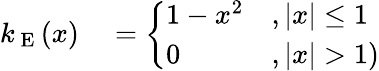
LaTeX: \begin{array}{rl}{k_{\mathrm{~E~}}(x)}&{{}=\left\{ \begin{array}{ll}{1-x^{2}}&{,|x|\leq 1}\\ {0}&{,|x|>1)}\end{array}\right.}\end{array}